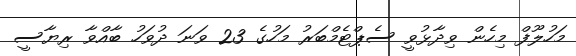
މަހުލޫފް މިހެން ވިދާޅުވީ ސެޕްޓެމްބަރު މަހުގެ 23 ވަނަ ދުވަހު ބާއްވާ ރިޔާސީ